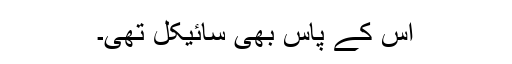
اس کے پاس بھی سائیکل تھی۔